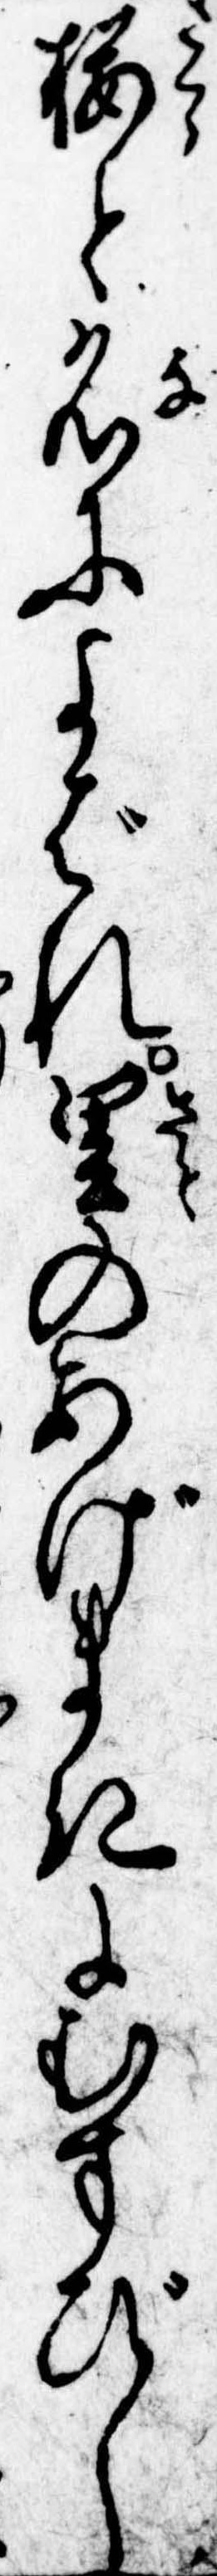
桜と名によばれ里のあげまきにむすびし